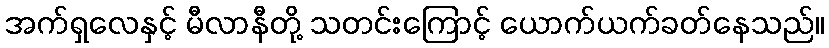
အက်ရှလေနှင့် မီလာနီတို့ သတင်းကြောင့် ယောက်ယက်ခတ်နေသည်။